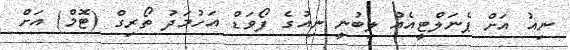
ނިއު އަށް ޕެނަލްޓީއެއް ލިބުނީ ނިއުގެ ފޯވަޑް އަހުމަދު ތޯރިގް (ޓޮމް) އަށް